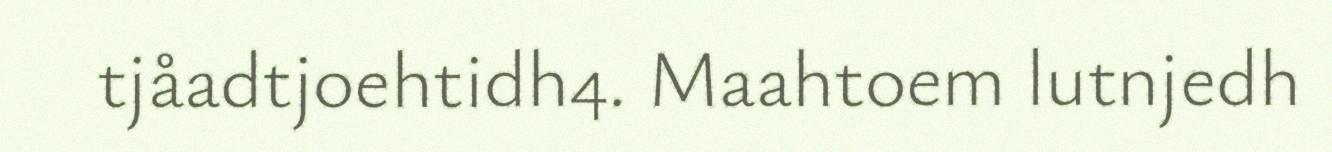
tjåadtjoehtidh4. Maahtoem lutnjedh